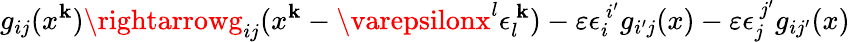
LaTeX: g_{ij}(x^{\mathbf{k}})\rightarrowg_{ij}(x^{\mathbf{k}}-\varepsilonx^{l}\epsilon_{l}^{~\mathbf{k}})-\varepsilon\epsilon_{i}^{~i^{\prime}}g_{i^{\prime}j}(x)-\varepsilon\epsilon_{j}^{~j^{\prime}}g_{ij^{\prime}}(x)